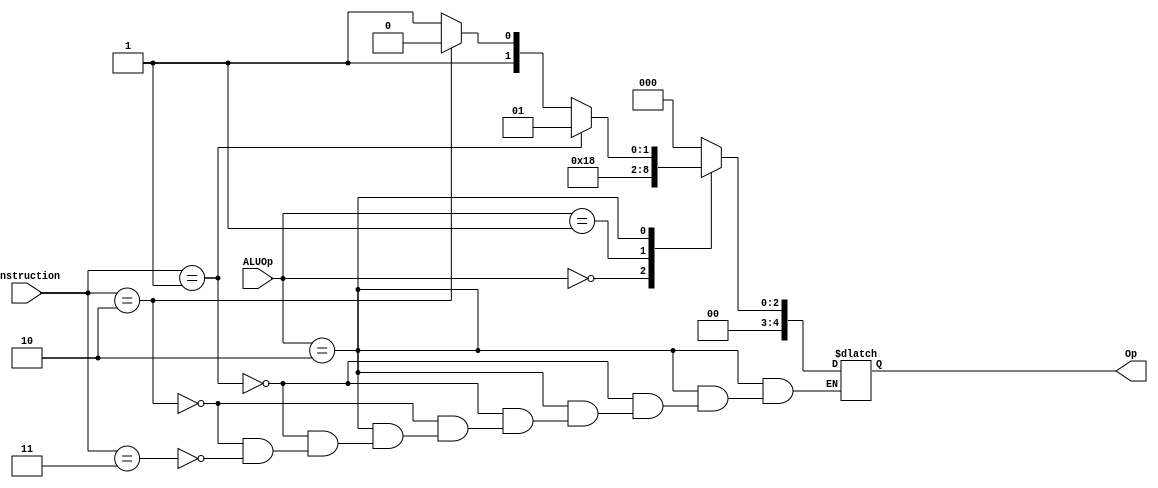
`timescale 1ns / 1ps
module ALUControl(input [5:0] Instruction, input [1:0] ALUOp, output reg [4:0] Op
    );
//Op = 0 is nop
//Op = 1 is add
//Op = 2 is subtract
//OP = 3 is multiply
//Op = 4 is lui

always @(*)
begin
	case(ALUOp)
	3 : Op = 0;
	0 : Op = 1;
	1 : Op = 4;
	2 : 
		begin
		if (Instruction == 1)
			Op = 1;
		else if (Instruction == 2)
			Op = 2;
		else if (Instruction == 3)
			Op = 3;
		end
	endcase
end

endmodule